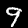
Label: 9